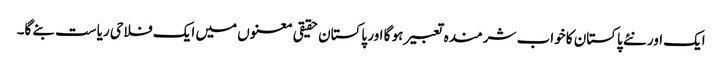
ایک اور نئے پاکستان کا خواب شرمندہ تعبیر ہو گا اور پاکستان حقیقی معنوں میں ایک فلاحی ریاست بنے گا۔